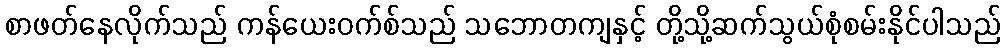
စာဖတ်နေလိုက်သည် ကန်ယေးဝက်စ်သည် သဘောတကျနှင့် တို့သို့ဆက်သွယ်စုံစမ်းနိုင်ပါသည်